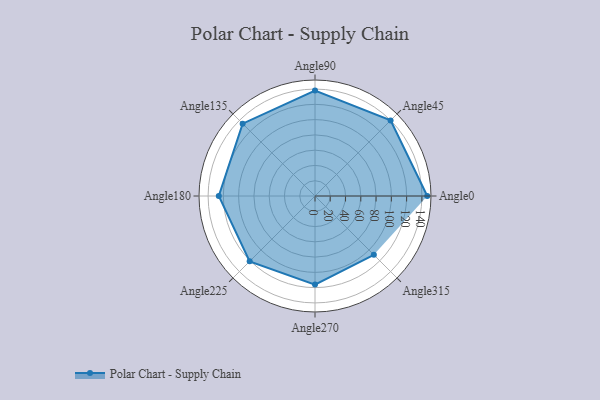
{"axis": {"x": "Angle", "y": "Radius"}, "legend": [""], "data": [{"x": "Angle0", "y": 147.0, "type": ""}, {"x": "Angle45", "y": 140.0, "type": ""}, {"x": "Angle90", "y": 138.0, "type": ""}, {"x": "Angle135", "y": 134.0, "type": ""}, {"x": "Angle180", "y": 126.0, "type": ""}, {"x": "Angle225", "y": 121.0, "type": ""}, {"x": "Angle270", "y": 116.0, "type": ""}, {"x": "Angle315", "y": 109.0, "type": ""}]}